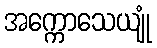
အက္ကောသေယျုံ